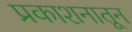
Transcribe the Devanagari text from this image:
प्रकाशनातून